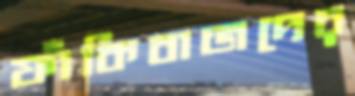
ফাঁকিবাজদের